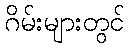
ဂိမ်းများတွင်